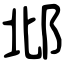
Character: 邶